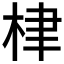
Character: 𣑵